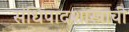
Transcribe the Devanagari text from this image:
संधिपादशास्त्राची